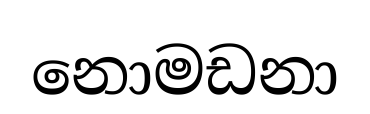
නොමඩනා